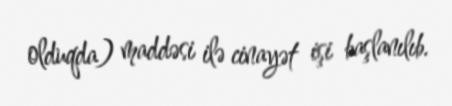
olduqda) maddəsi ilə cinayət işi başlanılıb.